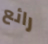
رائع